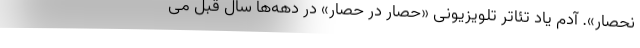
نحصار». آدم یاد تئاتر تلویزیونی «حصار در حصار» در دهه‌ها سال قبل می